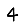
Digit: 4